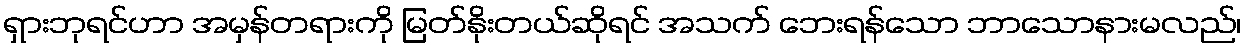
ရှားဘုရင်ဟာ အမှန်တရားကို မြတ်နိုးတယ်ဆိုရင် အသက် ဘေးရန်သော ဘာသောနားမလည်၊